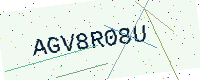
Text: AGV8R08U